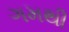
ગમથી